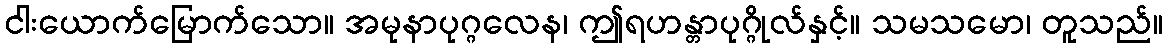
ငါးယောက်မြောက်သော။ အမုနာပုဂ္ဂလေန၊ ဤရဟန္တာပုဂ္ဂိုလ်နှင့်။ သမသမော၊ တူသည်။